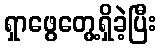
ရှာဖွေတွေ့ရှိခဲ့ပြီး